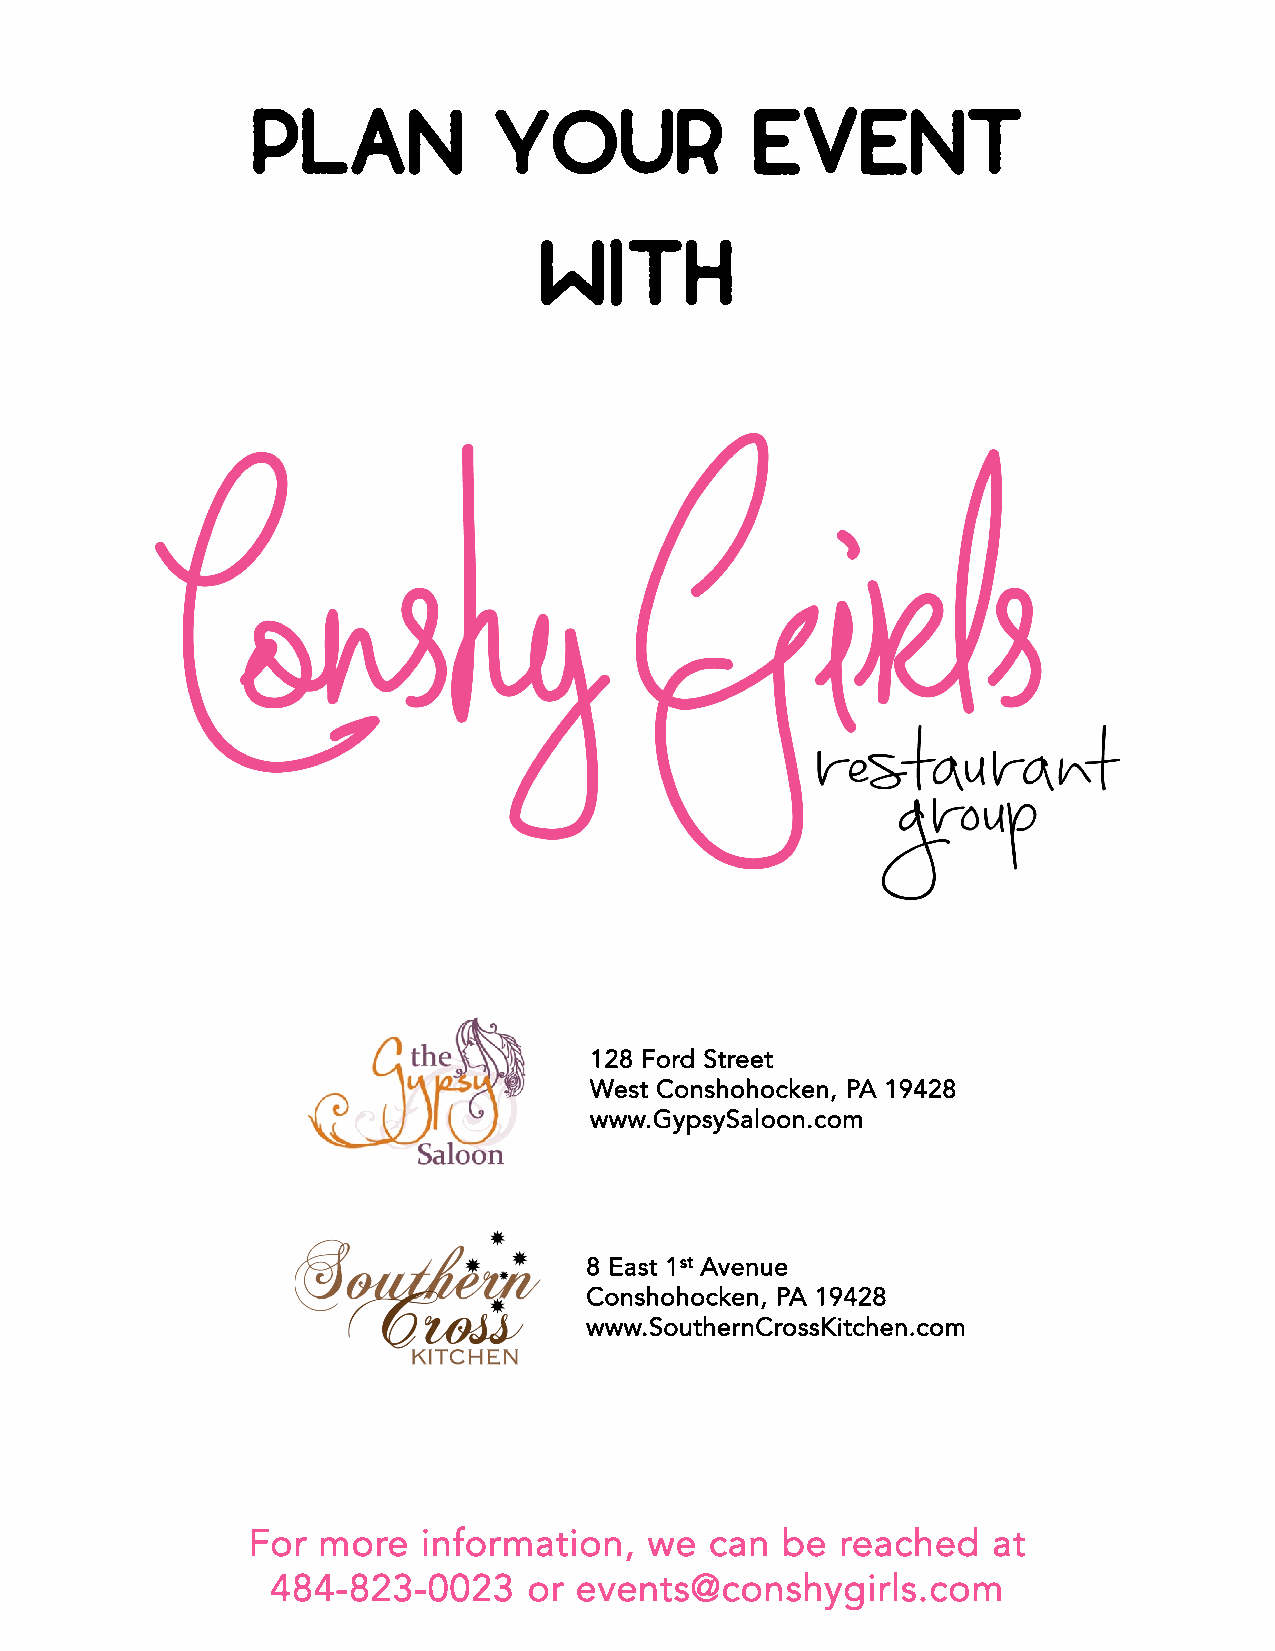
Plan            your             Event
 With
 128 Ford Street
 West Conshohocken, PA 19428
 www.GypsySaloon.com
 8 East 1st Avenue
 Conshohocken, PA 19428
 www.SouthernCrossKitchen.com
 For  more   information,   we  can  be  reached   at
 484-823-0023     or events@conshygirls.com